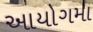
આયોગમા